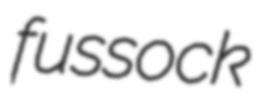
fussock